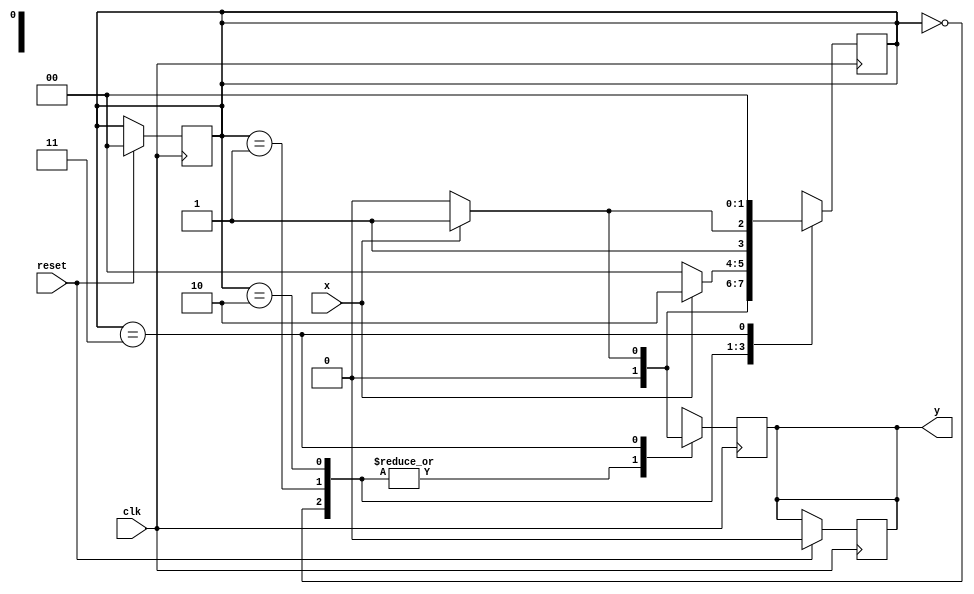
module seq_detector(y,x,clk,reset);
output reg y;
input x,clk,reset;
parameter s0=2'b00,s1=2'b01,s2=2'b10,s3=2'b11 ;
reg [1:0] state;
always @(posedge clk)
   if(reset==1'b1)begin
      y<=1'b0;
      state <= s0;
   end   

always @(posedge clk)
 begin
 
    case(state)
     s0:begin
     state <= x ? s1:s0;
      y<=0;  
     end
     s1:begin
     state <= x ? s2:s0;
        y<=0;
     end
     s2:begin
        state <= x ? s3:s2;
            y<=0;
        end
     s3:begin
        state <= x ? s0:s0;
        y <= x ? 1:0;
      end
      default: begin
         state <= s0;
         y <=0;
      end
  endcase
end
endmodule